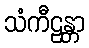
သံကီဠန္တာ